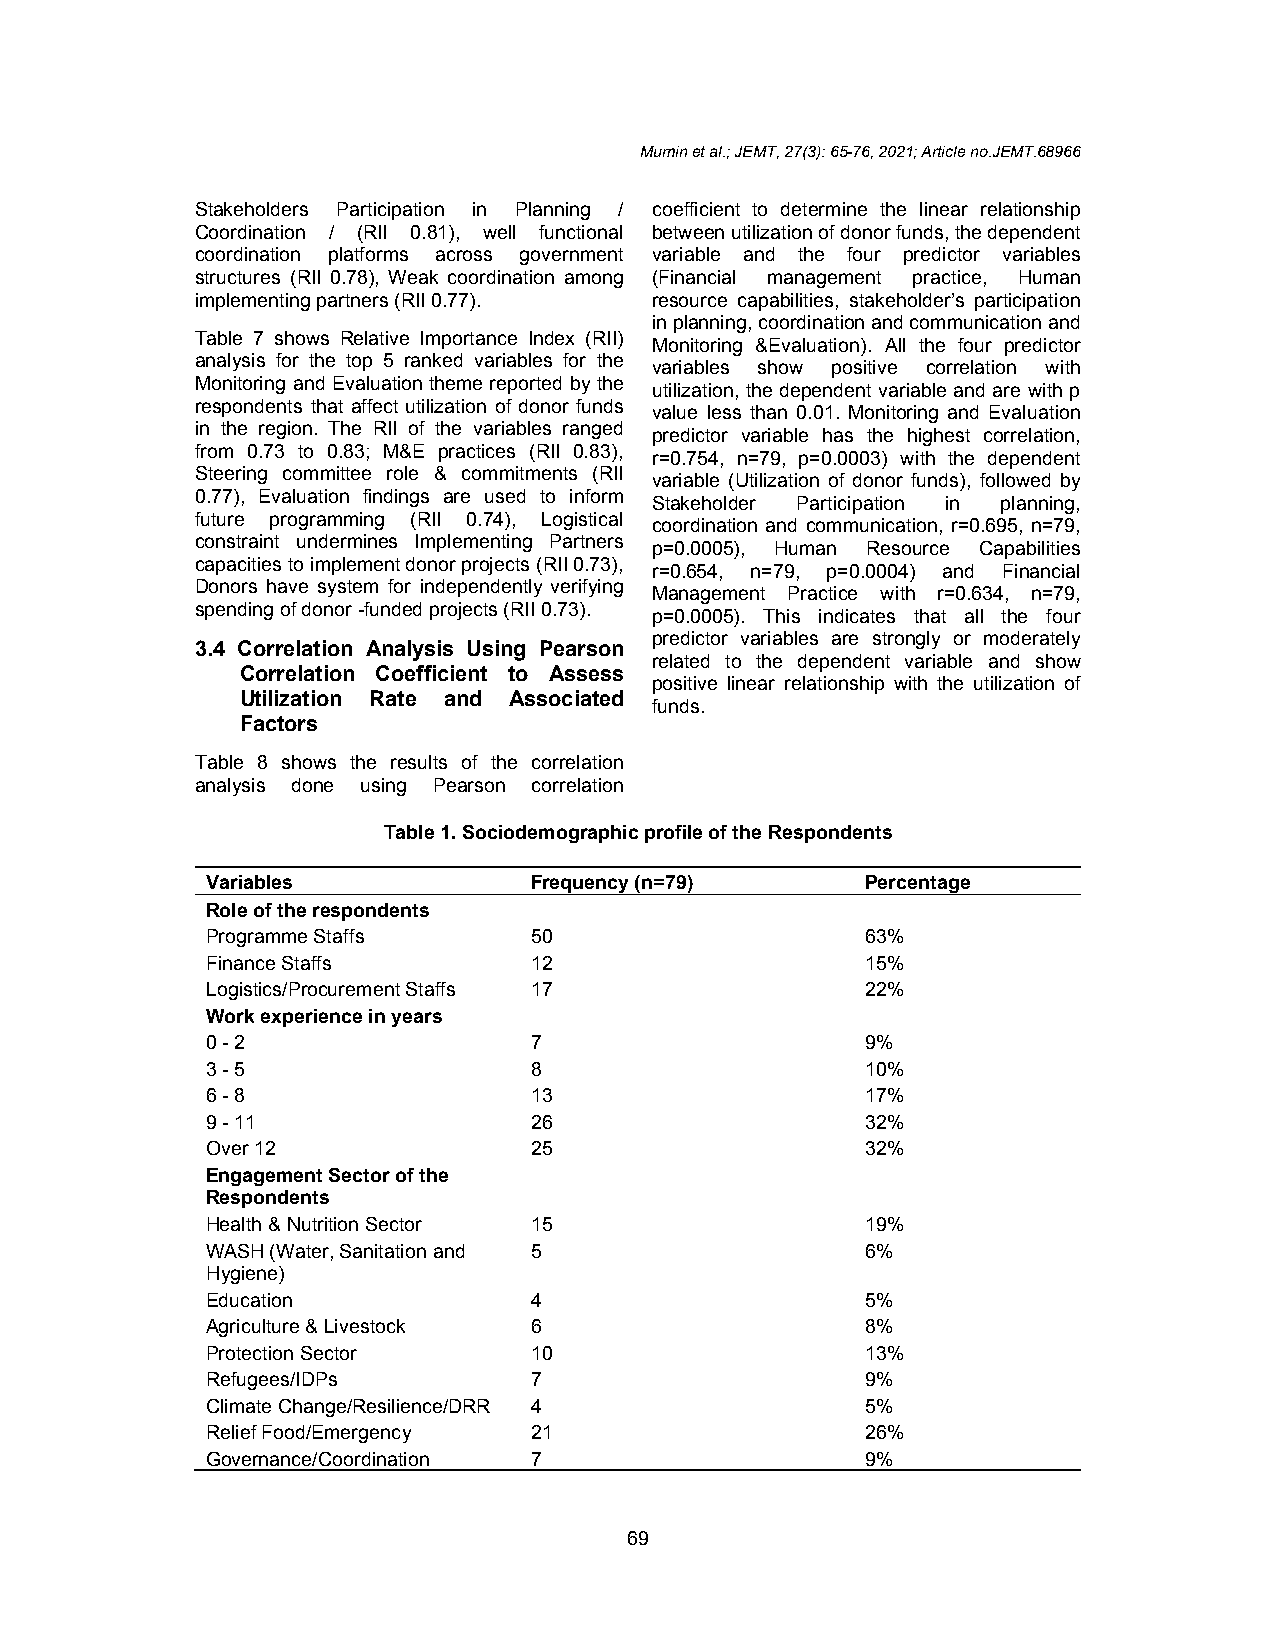
Mumin et al.; JEMT, 27(3): 65-76, 2021; Article no.JEMT.68966
 Stakeholders Participation in Planning / coefficient to determine the linear relationship
 Coordination / (RII 0.81), well functional between utilization of donor funds, the dependent
 coordination platforms across government variable and the four predictor variables
 structures (RII 0.78), Weak coordination among (Financial management practice, Human
 implementing partners (RII 0.77). resource capabilities, stakeholder’s participation
 in planning, coordination and communication and
 Table 7 shows Relative Importance Index (RII)
 Monitoring &Evaluation). All the four predictor
 analysis for the top 5 ranked variables for the
 variables show positive correlation with
 Monitoring and Evaluation theme reported by the
 utilization, the dependent variable and are with p
 respondents that affect utilization of donor funds
 value less than 0.01. Monitoring and Evaluation
 in the region. The RII of the variables ranged
 predictor variable has the highest correlation,
 from 0.73 to 0.83; M&E practices (RII 0.83),
 r=0.754, n=79, p=0.0003) with the dependent
 Steering committee role & commitments (RII
 variable (Utilization of donor funds), followed by
 0.77), Evaluation findings are used to inform
 Stakeholder Participation in planning,
 future programming (RII 0.74), Logistical
 coordination and communication, r=0.695, n=79,
 constraint undermines Implementing Partners
 p=0.0005), Human Resource Capabilities
 capacities to implement donor projects (RII 0.73),
 r=0.654, n=79, p=0.0004) and Financial
 Donors have system for independently verifying
 Management Practice with r=0.634, n=79,
 spending of donor -funded projects (RII 0.73).
 p=0.0005). This indicates that all the four
 predictor variables are strongly or moderately
 3.4 Correlation Analysis Using Pearson
 related to the dependent variable and show
 Correlation Coefficient to Assess
 positive linear relationship with the utilization of
 Utilization Rate and Associated
 funds.
 Factors
 Table 8 shows the results of the correlation
 analysis done using Pearson correlation
 Table 1. Sociodemographic profile of the Respondents
 Variables            Frequency (n=79)      Percentage
 Role of the respondents
 Programme Staffs     50                    63%
 Finance Staffs       12                    15%
 Logistics/Procurement Staffs 17            22%
 Work experience in years
 0 - 2                7                     9%
 3 - 5                8                     10%
 6 - 8                13                    17%
 9 - 11               26                    32%
 Over 12              25                    32%
 Engagement Sector of the
 Respondents
 Health & Nutrition Sector 15               19%
 WASH (Water, Sanitation and 5              6%
 Hygiene)
 Education            4                     5%
 Agriculture & Livestock 6                  8%
 Protection Sector    10                    13%
 Refugees/IDPs        7                     9%
 Climate Change/Resilience/DRR 4            5%
 Relief Food/Emergency 21                   26%
 Governance/Coordination 7                  9%
 69